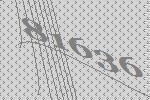
81636